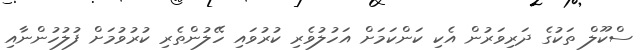
ސްކޫލް ތަކުގެ ދަރިވަރުން އެކި ކަންކަމަށް އަހުލުވެރި ކުރުވައި ހޭލުންތެރި ކުރުވުމަށް ފުލުހުންނާއި